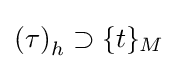
\left(\tau \right)_{h}\supset \{t\}_{M}